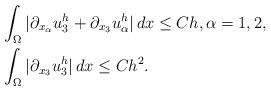
LaTeX: \begin{align*} &\int_{\Omega} |\partial_{x_\alpha}u^h_3+\partial_{x_3}u^h_\alpha| \,dx \leq C h, \alpha = 1, 2,\\ &\int_{\Omega} |\partial_{x_3}u^h_3| \,dx \leq C h^2.\end{align*}